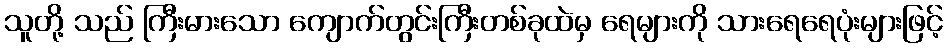
သူတို့ သည် ကြီးမားသော ကျောက်တွင်းကြီးတစ်ခုထဲမှ ရေများကို သားရေရေပုံးများဖြင့်